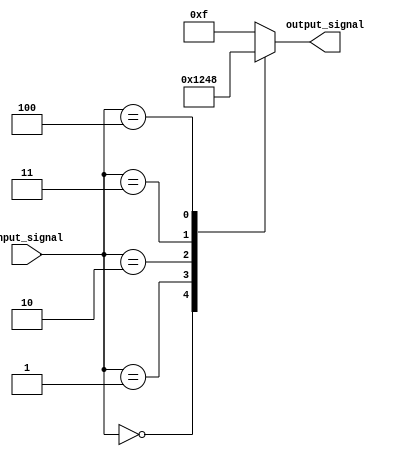
module case_statement(
    input wire [2:0] input_signal,
    output reg [3:0] output_signal
);

always @*
begin
    case(input_signal)
        3'b000: output_signal <= 4'b0000;
        3'b001: output_signal <= 4'b0001;
        3'b010: output_signal <= 4'b0010;
        3'b011: output_signal <= 4'b0100;
        3'b100: output_signal <= 4'b1000;
        default: output_signal <= 4'b1111;
    endcase
end

endmodule